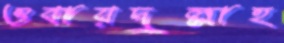
ওবায়দুল্লাহ